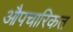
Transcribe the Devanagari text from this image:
औपचारिकत